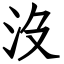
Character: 沒